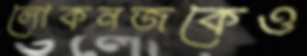
লোকনজকেও